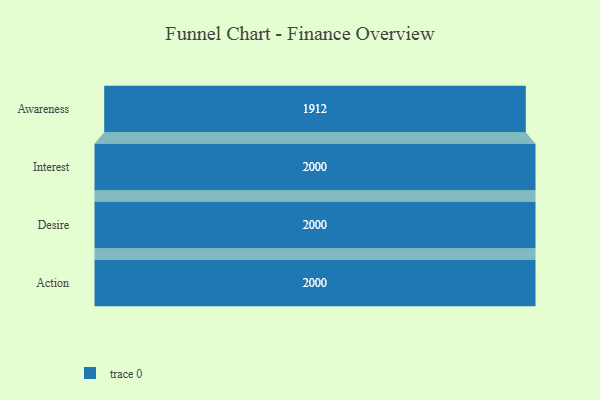
{"axis": {"x": "Stage", "y": "Value"}, "legend": [""], "data": [{"x": "Awareness", "y": 1912.0, "type": ""}, {"x": "Interest", "y": 2000, "type": ""}, {"x": "Desire", "y": 2000, "type": ""}, {"x": "Action", "y": 2000, "type": ""}]}